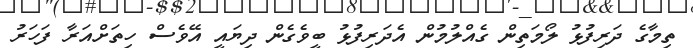
ތިމާގެ ދަރިފުޅު ލޯމަތިން ގެއްލުމުން އެދަރިފުޅު ބީވެގެން ދިޔައީ އޭވެސް ހިތަށްއަރާ ފަހަރު